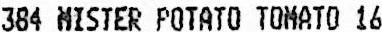
384 MISTER POTATO TOMATO 16